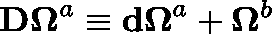
\mathbf { D \Omega } ^ { a } \equiv \mathbf { d \Omega } ^ { a } + \mathbf { \Omega } ^ { b }